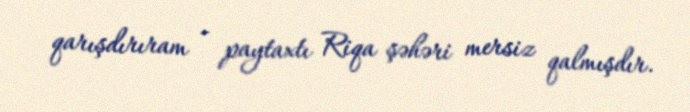
qarışdırıram - paytaxtı Riqa şəhəri mersiz qalmışdır.